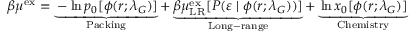
\begin{array} { r } { \beta \mu ^ { \mathrm { { e x } } } = \underbrace { - \ln p _ { 0 } [ \phi ( r ; \lambda _ { G } ) ] } _ { \mathrm { P a c k i n g } } + \underbrace { \beta \mu _ { \mathrm { { L R } } } ^ { \mathrm { e x } } [ P ( \varepsilon \; | \; \phi ( r ; \lambda _ { G } ) ) ] } _ { \mathrm { L o n g - r a n g e } } + \underbrace { \ln x _ { 0 } [ \phi ( r ; \lambda _ { G } ) ] } _ { \mathrm { C h e m i s t r y } } } \end{array}